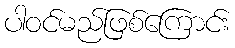
ပါဝင်မည်ဖြစ်ကြောင်း